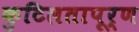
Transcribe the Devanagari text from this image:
कुटिलतापूर्ण